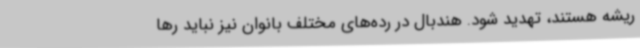
ریشه هستند، تهدید شود. هندبال در رده‌های مختلف بانوان نیز نباید رها